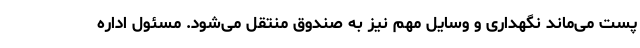
پست می‌ماند نگهداری و وسایل مهم نیز به صندوق منتقل می‌شود. مسئول اداره